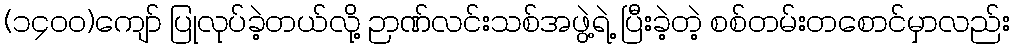
(၁၄၀၀)ကျော် ပြုလုပ်ခဲ့တယ်လို့ ဉာဏ်လင်းသစ်အဖွဲ့ရဲ့ ပြီးခဲ့တဲ့ စစ်တမ်းတစောင်မှာလည်း